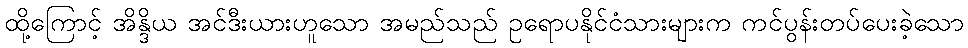
ထို့ကြောင့် အိန္ဒိယ အင်ဒီးယားဟူသော အမည်သည် ဥရောပနိုင်ငံသားများက ကင်ပွန်းတပ်ပေးခဲ့သော